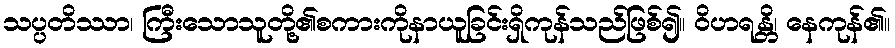
သပ္ပတိဿာ၊ ကြီးသောသူတို့၏စကားကိုနာယူခြင်းရှိကုန်သည်ဖြစ်၍။ ဝိဟရန္တိ၊ နေကုန်၏။